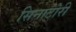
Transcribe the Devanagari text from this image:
सिनाटोरी